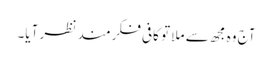
آج وہ مجھ سے ملا تو کافی فکرمند نظر آیا۔